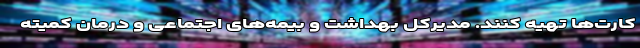
کارت‌ها تهیه کنند. مدیرکل بهداشت و بیمه‌های اجتماعی و درمان کمیته